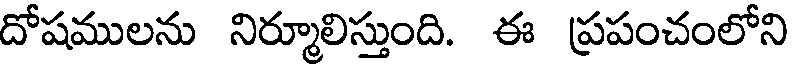
దోషములను నిర్మూలిస్తుంది. ఈ ప్రపంచంలోని